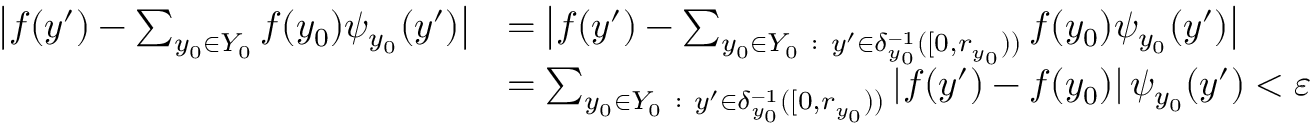
\begin{array} { r l } { \big | f ( y ^ { \prime } ) - \sum _ { y _ { 0 } \in Y _ { 0 } } f ( y _ { 0 } ) \psi _ { y _ { 0 } } ( y ^ { \prime } ) \big | } & { = \big | f ( y ^ { \prime } ) - \sum _ { y _ { 0 } \in Y _ { 0 } \ : \ y ^ { \prime } \in \delta _ { y _ { 0 } } ^ { - 1 } ( [ 0 , r _ { y _ { 0 } } ) ) } f ( y _ { 0 } ) \psi _ { y _ { 0 } } ( y ^ { \prime } ) \big | } \\ & { = \sum _ { y _ { 0 } \in Y _ { 0 } \ : \ y ^ { \prime } \in \delta _ { y _ { 0 } } ^ { - 1 } ( [ 0 , r _ { y _ { 0 } } ) ) } \left| f ( y ^ { \prime } ) - f ( y _ { 0 } ) \right| \psi _ { y _ { 0 } } ( y ^ { \prime } ) < \varepsilon } \end{array}